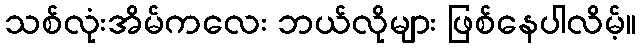
သစ်လုံးအိမ်ကလေး ဘယ်လိုများ ဖြစ်နေပါလိမ့်။